Indian journal of veterinary science and animal husbandry - Volume 2,
Year: 1932
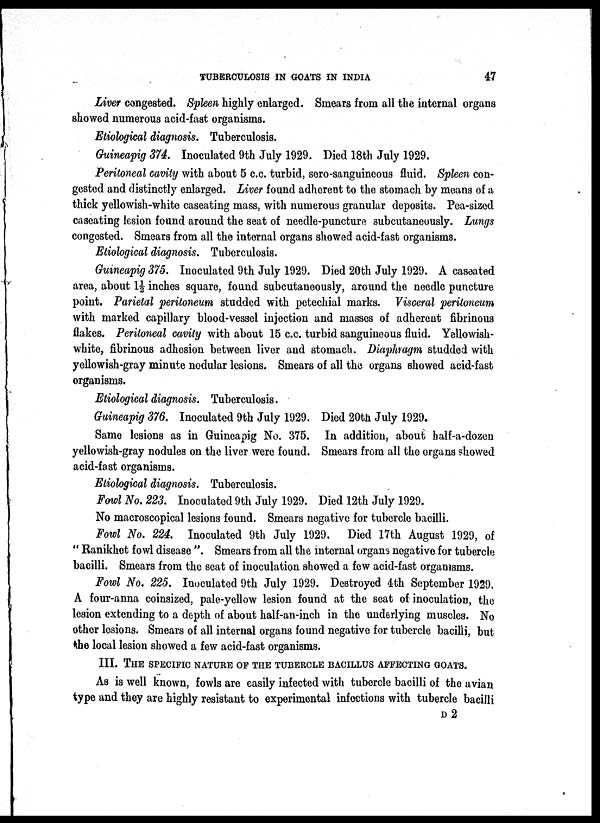
TUBERCULOSIS IN GOATS IN INDIA
47
Liver congested. Spleen highly enlarged. Smears from all the internal organs
showed numerous acid-fast organisms.
Etiological diagnosis. Tuberculosis.
Guineapig 374. Inoculated 9th July 1929. Died 18th July 1929.
Peritoneal cavity with about 5 c.c. turbid, sero-sanguineous fluid. Spleen con-
gested and distinctly enlarged. Liver found adherent to the stomach by means of a
thick yellowish-white caseating mass, with numerous granular deposits. Pea-sized
caseating lesion found around the seat of needle-puncture subcutaneously. Lungs
congested. Smears from all the internal organs showed acid-fast organisms.
Etiological diagnosis. Tuberculosis.
Guineapig 375. Inoculated 9th July 1929. Died 20th July 1929. A caseated
area, about 1½ inches square, found subcutaneously, around the needle puncture
point. Parietal peritoneum studded with petechial marks. Visceral peritoneum
with marked capillary blood-vessel injection and masses of adherent fibrinous
flakes. Peritoneal cavity with about 15 c.c. turbid sanguineous fluid. Yellowish-
white, fibrinous adhesion between liver and stomach. Diaphragm studded with
yellowish-gray minute nodular lesions. Smears of all the organs showed acid-fast
organisms.
Etiological diagnosis. Tuberculosis.
Guineapig 376. Inoculated 9th July 1929. Died 20th July 1929.
Same lesions as in Guineapig No. 375. In addition, about half-a-dozen
yellowish-gray nodules on the liver were found. Smears from all the organs showed
acid-fast organisms.
Etiological diagnosis. Tuberculosis.
Fowl No. 223. Inoculated 9th July 1929. Died 12th July 1929.
No macroscopical lesions found. Smears negative for tubercle bacilli.
Fowl No. 224. Inoculated 9th July 1929. Died 17th August 1929, of
" Ranikhet fowl disease ". Smears from all the internal organs negative for tubercle
bacilli. Smears from the seat of inoculation showed a few acid-fast organisms.
Fowl No. 225. Inoculated 9th July 1929. Destroyed 4th September 1929.
A four-anna coinsized, pale-yellow lesion found at the seat of inoculation, the
lesion extending to a depth of about half-an-inch in the underlying muscles. No
other lesions. Smears of all internal organs found negative for tubercle bacilli, but
the local lesion showed a few acid-fast organisms.
III. THE SPECIFIC NATURE OF THE TUBERCLE BACILLUS AFFECTING GOATS.
As is well known, fowls are easily infected with tubercle bacilli of the avian
type and they are highly resistant to experimental infections with tubercle bacilli
D 2